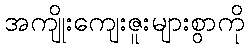
အကျိုးကျေးဇူးများစွာကို